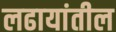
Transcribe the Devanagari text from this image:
लढायांतील